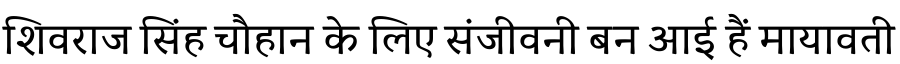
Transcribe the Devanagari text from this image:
शिवराज सिंह चौहान के लिए संजीवनी बन आई हैं मायावती